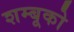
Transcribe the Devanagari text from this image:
शम्बूको